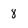
Character: 8